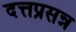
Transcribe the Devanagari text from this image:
दत्तप्रसन्न